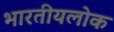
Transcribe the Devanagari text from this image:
भारतीयलोक